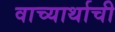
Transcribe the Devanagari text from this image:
वाच्यार्थाची